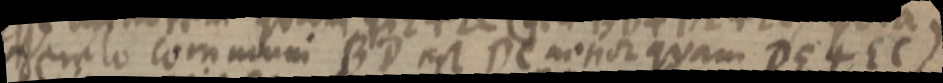
demlo communi BD est DC minor quam DE + EC)